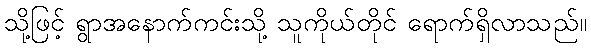
သို့ဖြင့် ရွာအနောက်ကင်းသို့ သူကိုယ်တိုင် ရောက်ရှိလာသည်။